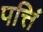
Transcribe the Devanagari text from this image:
पत्तिं